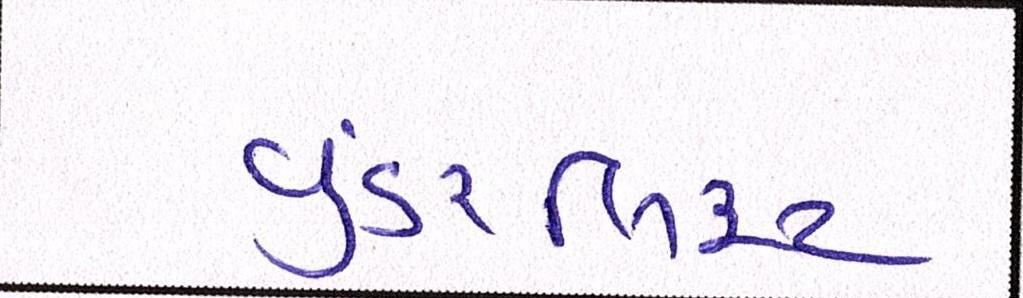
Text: વુંડરલિસ્ટ